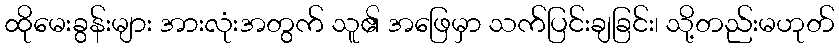
ထိုမေးခွန်းများ အားလုံးအတွက် သူ၏ အဖြေမှာ သက်ပြင်းချခြင်း၊ သို့တည်းမဟုတ်